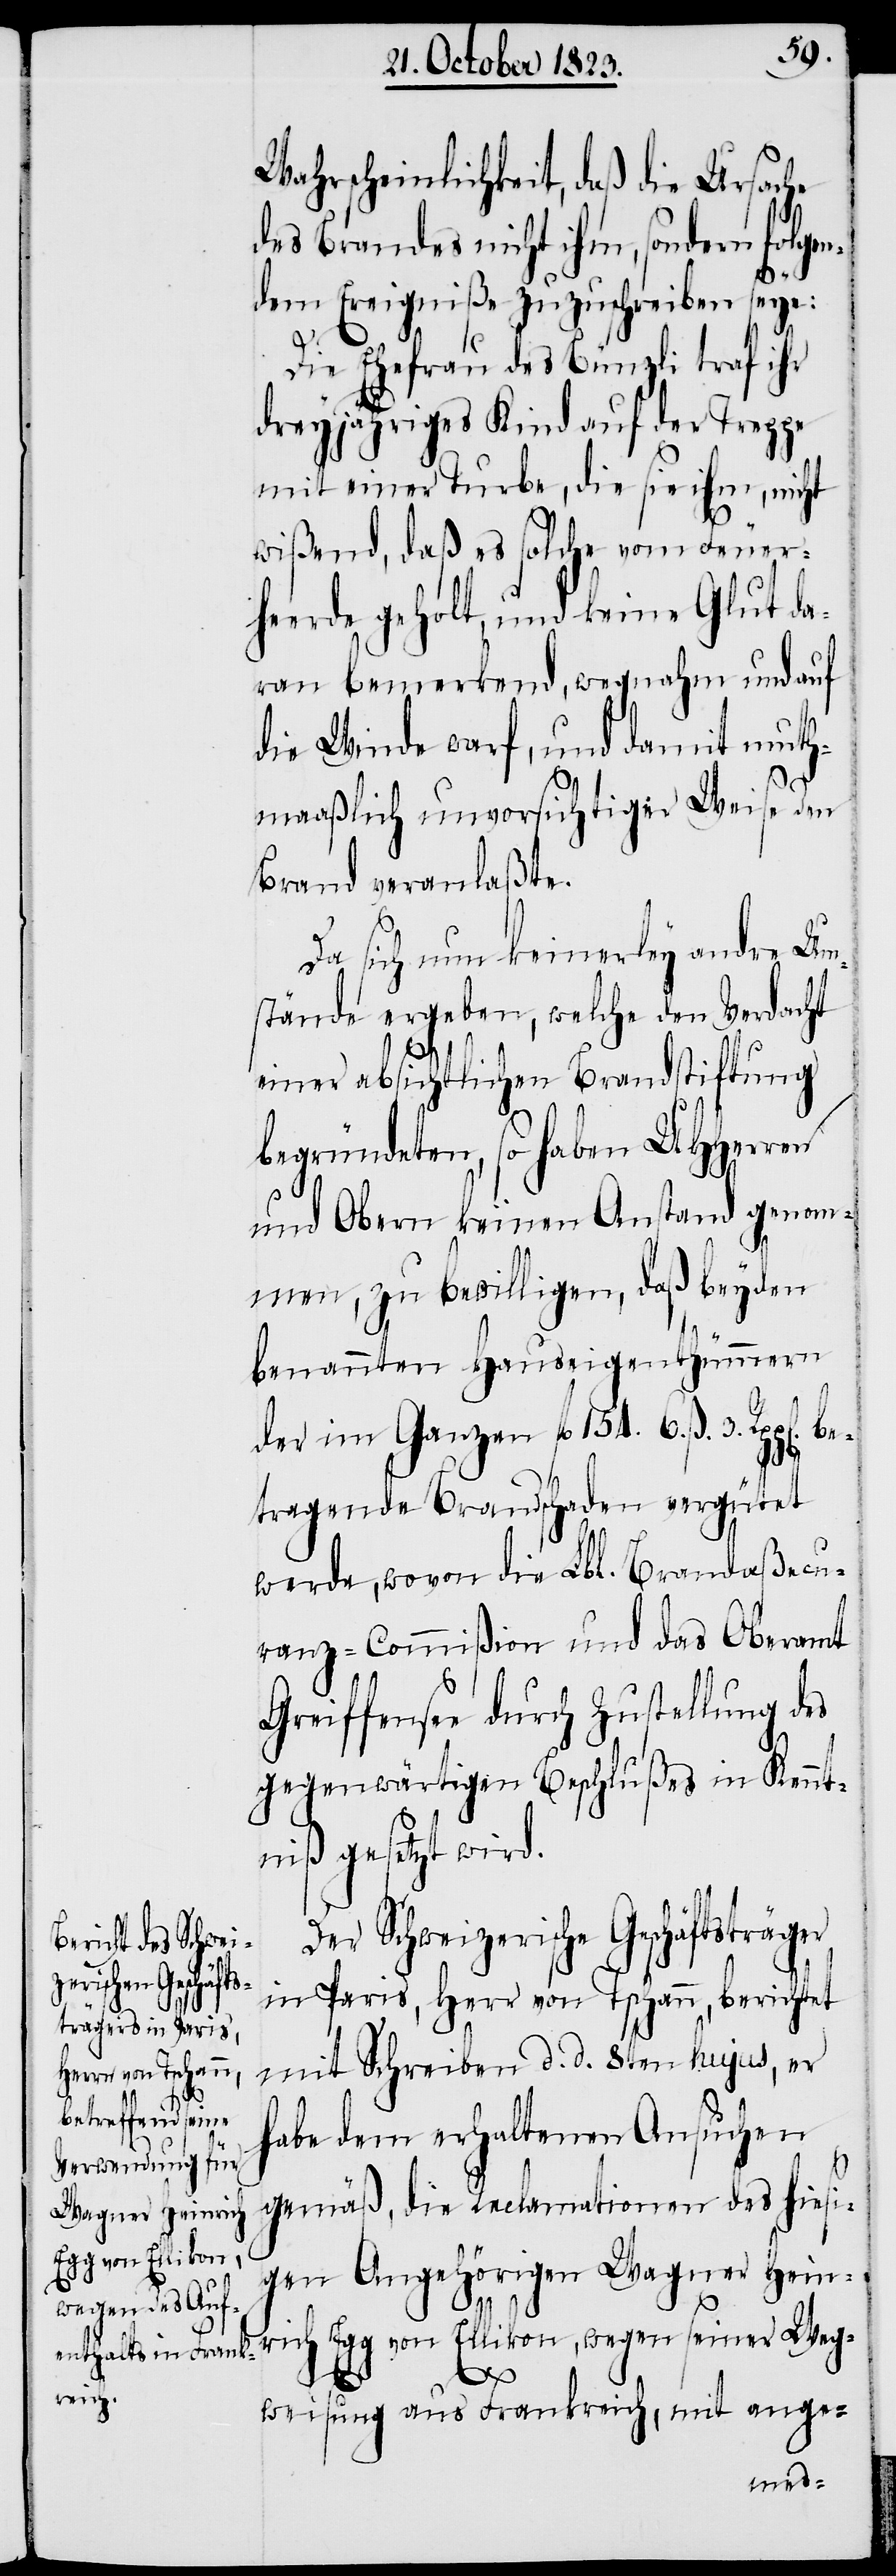
Wahrscheinlichkeit, daß die Ursache
des Brandes nicht ihm, sondern folge¬
ndem Ereigniße zuzuschreiben seye:
Die Ehefrau des Bünzli traf ihr
dreyjähriges Kind auf der Treppe
mit einer Turbe, die sie ihm, nicht
wißend, daß es solche vom Feuer¬
heerde geholt, und keine Glut da¬
ran bemerkend, wegnahm und auf
die Winde warf, und damit muth¬
maaßlich unvorsichtiger Weise den
Brand veranlaßte.
Da sich nun keinerley andre Um¬
stände ergeben, welche den Verdacht
einer absichtlichen Brandstiftung
begründeten, so haben UHHerren
und Obern keinen Anstand genom¬
men, zu bewilligen, daß beyden
benannten Hauseigenthümmern
der im Ganzen fl 154. 6. ß. 3. Rpp[e¬
tragende Brandschaden vergütet
werde, wovon die Lbl. Brandaßecu¬
ranz-Commißion und das Oberamt
Greiffensee durch Zustellung des
gegenwärtigen Beschlußes in Kennt¬
niß gesetzt wird.
Der Schweizerische Geschäftsträg¬
in Paris, Herr von Tschann, berichtet
mit Schreiben d. d. 8ten hujus, er
habe dem erhaltenen Ansuchen
gemäß, die Reclamationen des hiesi¬
gen Angehörigen Wagner Hein¬
rich Egg von Ellikon, wegen seiner Weg¬
er
weisung aus Frankreich, mit ange-